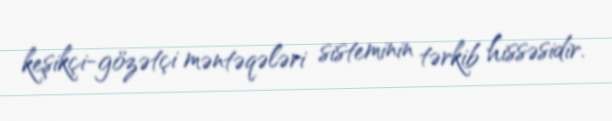
keşikçi-gözətçi məntəqələri sisteminin tərkib hissəsidir.